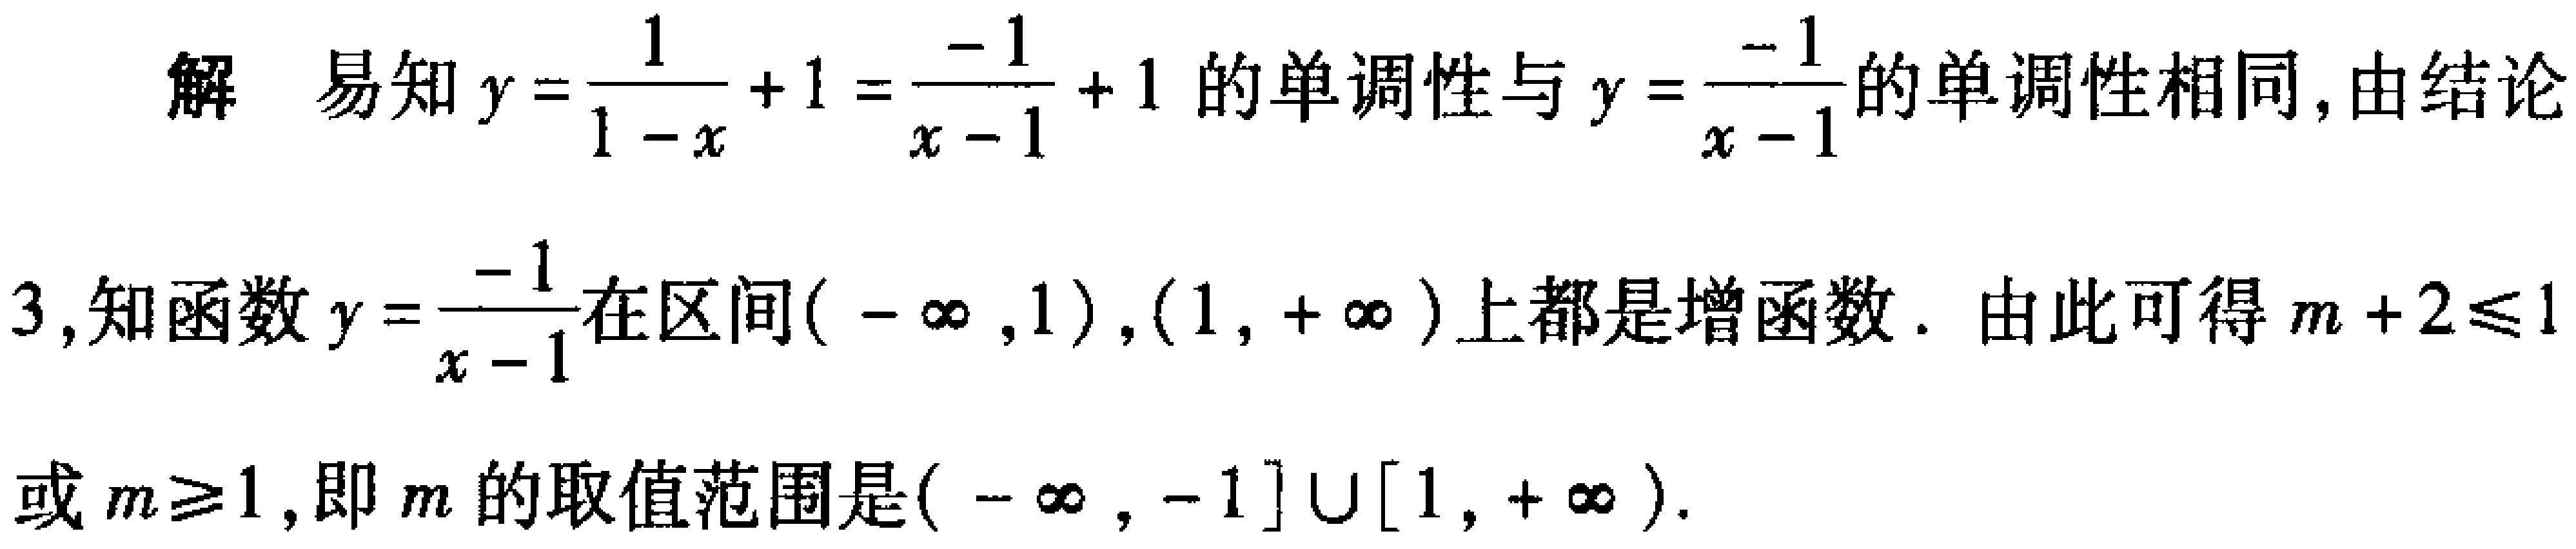
解 易知\(y = \frac{1}{1 - x} + 1 = \frac{-1}{x - 1} + 1\)的单调性与\(y = \frac{-1}{x - 1}\)的单调性相同, 由结论

3, 知函数\(y = \frac{-1}{x - 1}\)在区间\(( - \infty ,1)\),\((1, + \infty )\)上都是增函数. 由此可得\(m + 2\leqslant 1\)

或\(m\geqslant 1\), 即\(m\)的取值范围是\(( - \infty , - 1] \cup [1, + \infty )\).